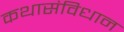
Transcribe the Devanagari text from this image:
कथासंविधान